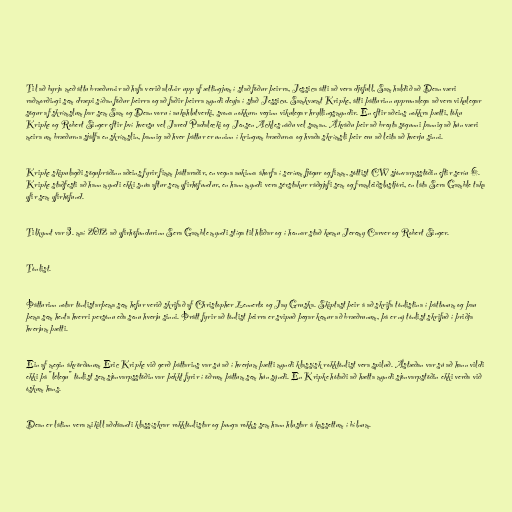
Til að byrja með áttu bræðurnir að hafa verið aldnir upp af ættingjum í stað föður þeirra, Jessica átti að vera djöfull, Sam haldið að Dean væri
raðmorðingi sem dræpi síðan föður þeirra og að faðir þeirra myndi deyja í stað Jessicu. Samkvæmt Kripke, átti þátturinn upprunalega að vera vikulegar
sögur af skrímslum þar sem Sam og Dean voru í aukahlutverki, svona nokkurn veginn vikulegar hryllingsmyndir. En eftir aðeins nokkra þætti, tóku
Kripke og Robert Singer eftir því hversu vel Jared Padalecki og Jensen Ackles náðu vel saman. Ákváðu þeir að breyta sögunni þannig að hún væri
meira um bræðurna sjálfa en skrímslin, þannig að hver þáttur er unninn í kringum bræðurna og hvaða skrímsli þeir eru að leita að hverju sinni.

Kripke skipulagði söguþráðinn aðeins fyrir fimm þáttaraðir, en vegna aukinna áhorfa í seríum fjögur og fimm, sóttist CW sjónvarpsstöðin eftir seríu 6.
Kripke staðfesti að hann myndi ekki snúa aftur sem yfirhöfundur, en hann myndi vera sérstakur ráðgjafi sem og framleiðslustjóri, en láta Sera Gamble taka
yfir sem yfirhöfund.

Tilkynnt var 3. maí 2012 að yfirhöfundurinn Sera Gamble myndi stíga til hliðar og í hennar stað kæmu Jeremy Carver og Robert Singer.

Tónlist.

Þátturinn notar tónlistarþema sem hefur verið skrifað af Christopher Lennertz og Jay Gruska. Skiptast þeir á að skrifa tónlistina í þáttunum og þau
þema sem henta hverri persónu eða senu hverju sinni. Þrátt fyrir að tónlist þeirra er svipuð þegar kemur að bræðrunum, þá er ný tónlist skrifuð í þriðja
hverjum þætti.

Ein af megin ákvörðunum Eric Kripke við gerð þáttarins var sú að í hverjum þætti myndi klassísk rokktónlist vera spiluð. Ástæðan var sú að hann vildi
ekki þá "lélegu" tónlist sem sjónvarpsstöðin var þekkt fyrir í öðrum þáttum sem hún sýndi. En Kripke hótaði að hætta myndi sjónvarpstöðin ekki verða við
óskum hans.

Dean er látinn vera mikill aðdáandi klassískrar rokktónlistar og þunga rokks sem hann hlustar á kassettum í bílnum.